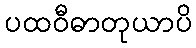
ပထဝီဓာတုယာပိ